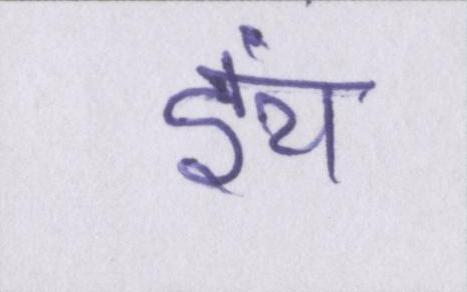
इंच